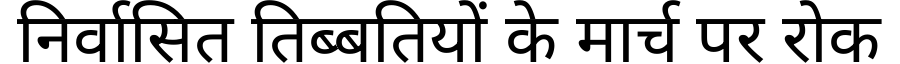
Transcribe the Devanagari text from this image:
निर्वासित तिब्बतियों के मार्च पर रोक